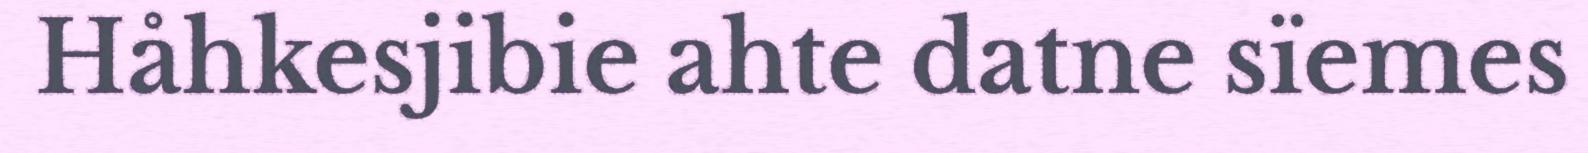
Håhkesjibie ahte datne sïemes